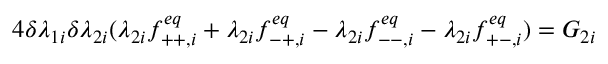
4 \delta \lambda _ { 1 i } \delta \lambda _ { 2 i } ( \lambda _ { 2 i } f _ { + + , i } ^ { e q } + \lambda _ { 2 i } f _ { - + , i } ^ { e q } - \lambda _ { 2 i } f _ { -- , i } ^ { e q } - \lambda _ { 2 i } f _ { + - , i } ^ { e q } ) = G _ { 2 i }